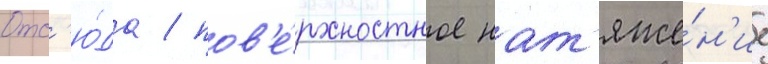
Отс'ю́да / пов'е́рхностное нат'яже́н'ие